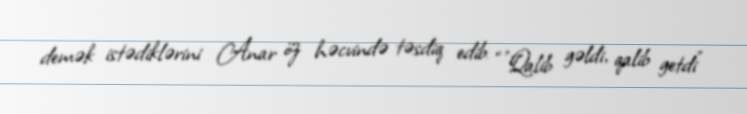
demək istədiklərini Anar öz həcvində təsdiq edib: “”Qalib gəldi, qalib getdi"